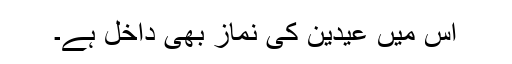
اس میں عیدین کی نماز بھی داخل ہے۔